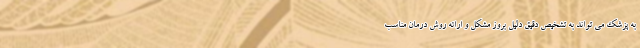
به پزشک می تواند به تشخیص دقیق دلیل بروز مشکل و ارائه روش درمان مناسب